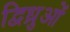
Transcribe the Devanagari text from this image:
द्विध्रुओं